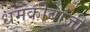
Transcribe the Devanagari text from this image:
धमकीबाजी